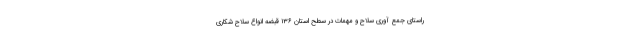
راستای جمع آوری سلاح و مهمات در سطح استان ۱۳۶ قبضه انواع سلاح شکاری